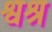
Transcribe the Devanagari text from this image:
श्वश्रू